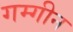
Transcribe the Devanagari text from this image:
गम्गीन